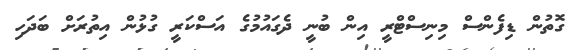
ގޮތުން ޑިފެންސް މިނިސްޓްރީ އިން ބުނީ ދެގައުމުގެ އަސްކަރީ ގުޅުން އިތުރަށް ބަދަހި